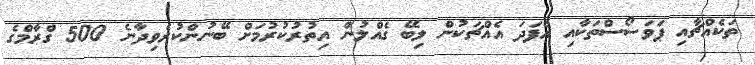
ތަކެއްޗާއި ޕަވަސޯސްތަކާއި އެފަދަ އެއްޗަކުން ލިބޭ ގެއްލުން އިތުރުކުރުމަށް ބޭނުންކުރެވިދާނެ 500 ގްރާމްގެ